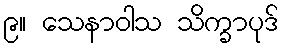
၉။ သေနာဝါသ သိက္ခာပုဒ်